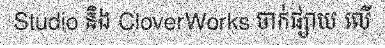
Studio និង CloverWorks ចាក់ផ្សាយ លើ